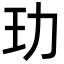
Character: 玏